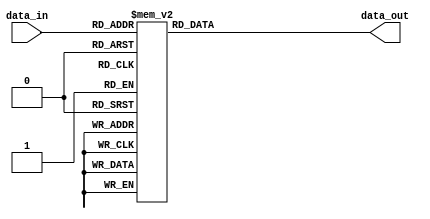
module inv_sub_box(input [3:0] data_in, output reg [3:0] data_out);

// Substitution logic for encryption can be implemented here

always @* begin
    case(data_in)
        4'b0000: data_out = 4'b1111; // Example substitution
        4'b0001: data_out = 4'b1110; // Example substitution
        4'b0010: data_out = 4'b1101; // Example substitution
        4'b0011: data_out = 4'b1100; // Example substitution
        4'b0100: data_out = 4'b1011; // Example substitution
        4'b0101: data_out = 4'b1010; // Example substitution
        4'b0110: data_out = 4'b1001; // Example substitution
        4'b0111: data_out = 4'b1000; // Example substitution
        4'b1000: data_out = 4'b0111; // Example substitution
        4'b1001: data_out = 4'b0110; // Example substitution
        4'b1010: data_out = 4'b0101; // Example substitution
        4'b1011: data_out = 4'b0100; // Example substitution
        4'b1100: data_out = 4'b0011; // Example substitution
        4'b1101: data_out = 4'b0010; // Example substitution
        4'b1110: data_out = 4'b0001; // Example substitution
        4'b1111: data_out = 4'b0000; // Example substitution
        default: data_out = 4'b0000; // Default output (you might want to change this)
    endcase
end

endmodule